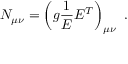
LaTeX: N _ { \mu \nu } = \left( g \frac { 1 } { E } E ^ { T } \right) _ { \mu \nu } ~ .